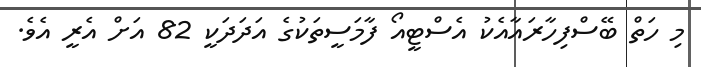
މި ހަތް ބޭސްފިހާރައާއެކު އެސްޓީއޯ ފާމަސީތަކުގެ އަދަދަކީ 82 އަށް އެރީ އެވެ.